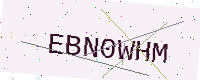
Text: EBN0WHM